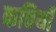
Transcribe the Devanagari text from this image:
कविर्यो